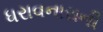
ધરાવનારાની